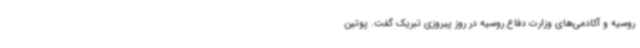
روسیه و آکادمی‌های وزارت دفاع روسیه در روز پیروزی تبریک گفت. پوتین